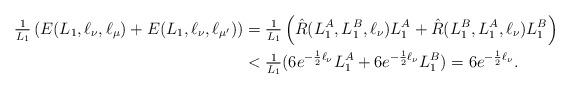
LaTeX: \begin{align*}\tfrac{1}{L_1}\left(E(L_1,\ell_\nu,\ell_\mu)+E(L_1,\ell_\nu,\ell_{\mu'})\right)&=\tfrac{1}{L_1}\left(\hat{R}(L_1^A,L_1^B,\ell_\nu)L_1^A+\hat{R}(L_1^B,L_1^A,\ell_\nu)L_1^B\right)\\&<\tfrac{1}{L_1}(6e^{-\frac{1}{2}\ell_\nu}L_1^A+6e^{-\frac{1}{2}\ell_\nu}L_1^B)=6e^{-\frac{1}{2}\ell_\nu}.\end{align*}